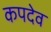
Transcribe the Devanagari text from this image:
कपदेव